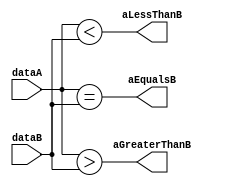
// This program was cloned from: https://github.com/RonnyA/nd-120
// License: MIT License

/******************************************************************************
 ** Logisim-evolution goes FPGA automatic generated Verilog code             **
 ** https://github.com/logisim-evolution/                                    **
 **                                                                          **
 ** Component : Comparator                                                   **
 **                                                                          **
 *****************************************************************************/

module Comparator( aEqualsB,
                   aGreaterThanB,
                   aLessThanB,
                   dataA,
                   dataB );

   /*******************************************************************************
   ** Here all module parameters are defined with a dummy value                  **
   *******************************************************************************/
   parameter nrOfBits = 1;
   parameter twosComplement = 1;

   /*******************************************************************************
   ** The inputs are defined here                                                **
   *******************************************************************************/
   input [nrOfBits-1:0] dataA;
   input [nrOfBits-1:0] dataB;

   /*******************************************************************************
   ** The outputs are defined here                                               **
   *******************************************************************************/
   output aEqualsB;
   output aGreaterThanB;
   output aLessThanB;

   /*******************************************************************************
   ** The wires are defined here                                                 **
   *******************************************************************************/
   wire s_signedGreater;
   wire s_signedLess;
   wire s_unsignedGreater;
   wire s_unsignedLess;

   /*******************************************************************************
   ** The module functionality is described here                                 **
   *******************************************************************************/
   assign s_signedLess      = ($signed(dataA) < $signed(dataB));
   assign s_unsignedLess    = (dataA < dataB);
   assign s_signedGreater   = ($signed(dataA) > $signed(dataB));
   assign s_unsignedGreater = (dataA > dataB);

   assign aEqualsB      = (dataA == dataB);
   assign aGreaterThanB = (twosComplement==1) ? s_signedGreater : s_unsignedGreater;
   assign aLessThanB    = (twosComplement==1) ? s_signedLess : s_unsignedLess;

endmodule